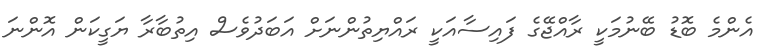
އެންމެ ބޮޑު ބޭނުމަކީ ރާއްޖޭގެ ފައިސާއަކީ ރައްޔިތުންނަށް އަބަދުވެސް އިތުބާރާ ޔަގީކަން އޮންނަ